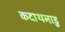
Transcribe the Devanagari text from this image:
कदाथनाडु